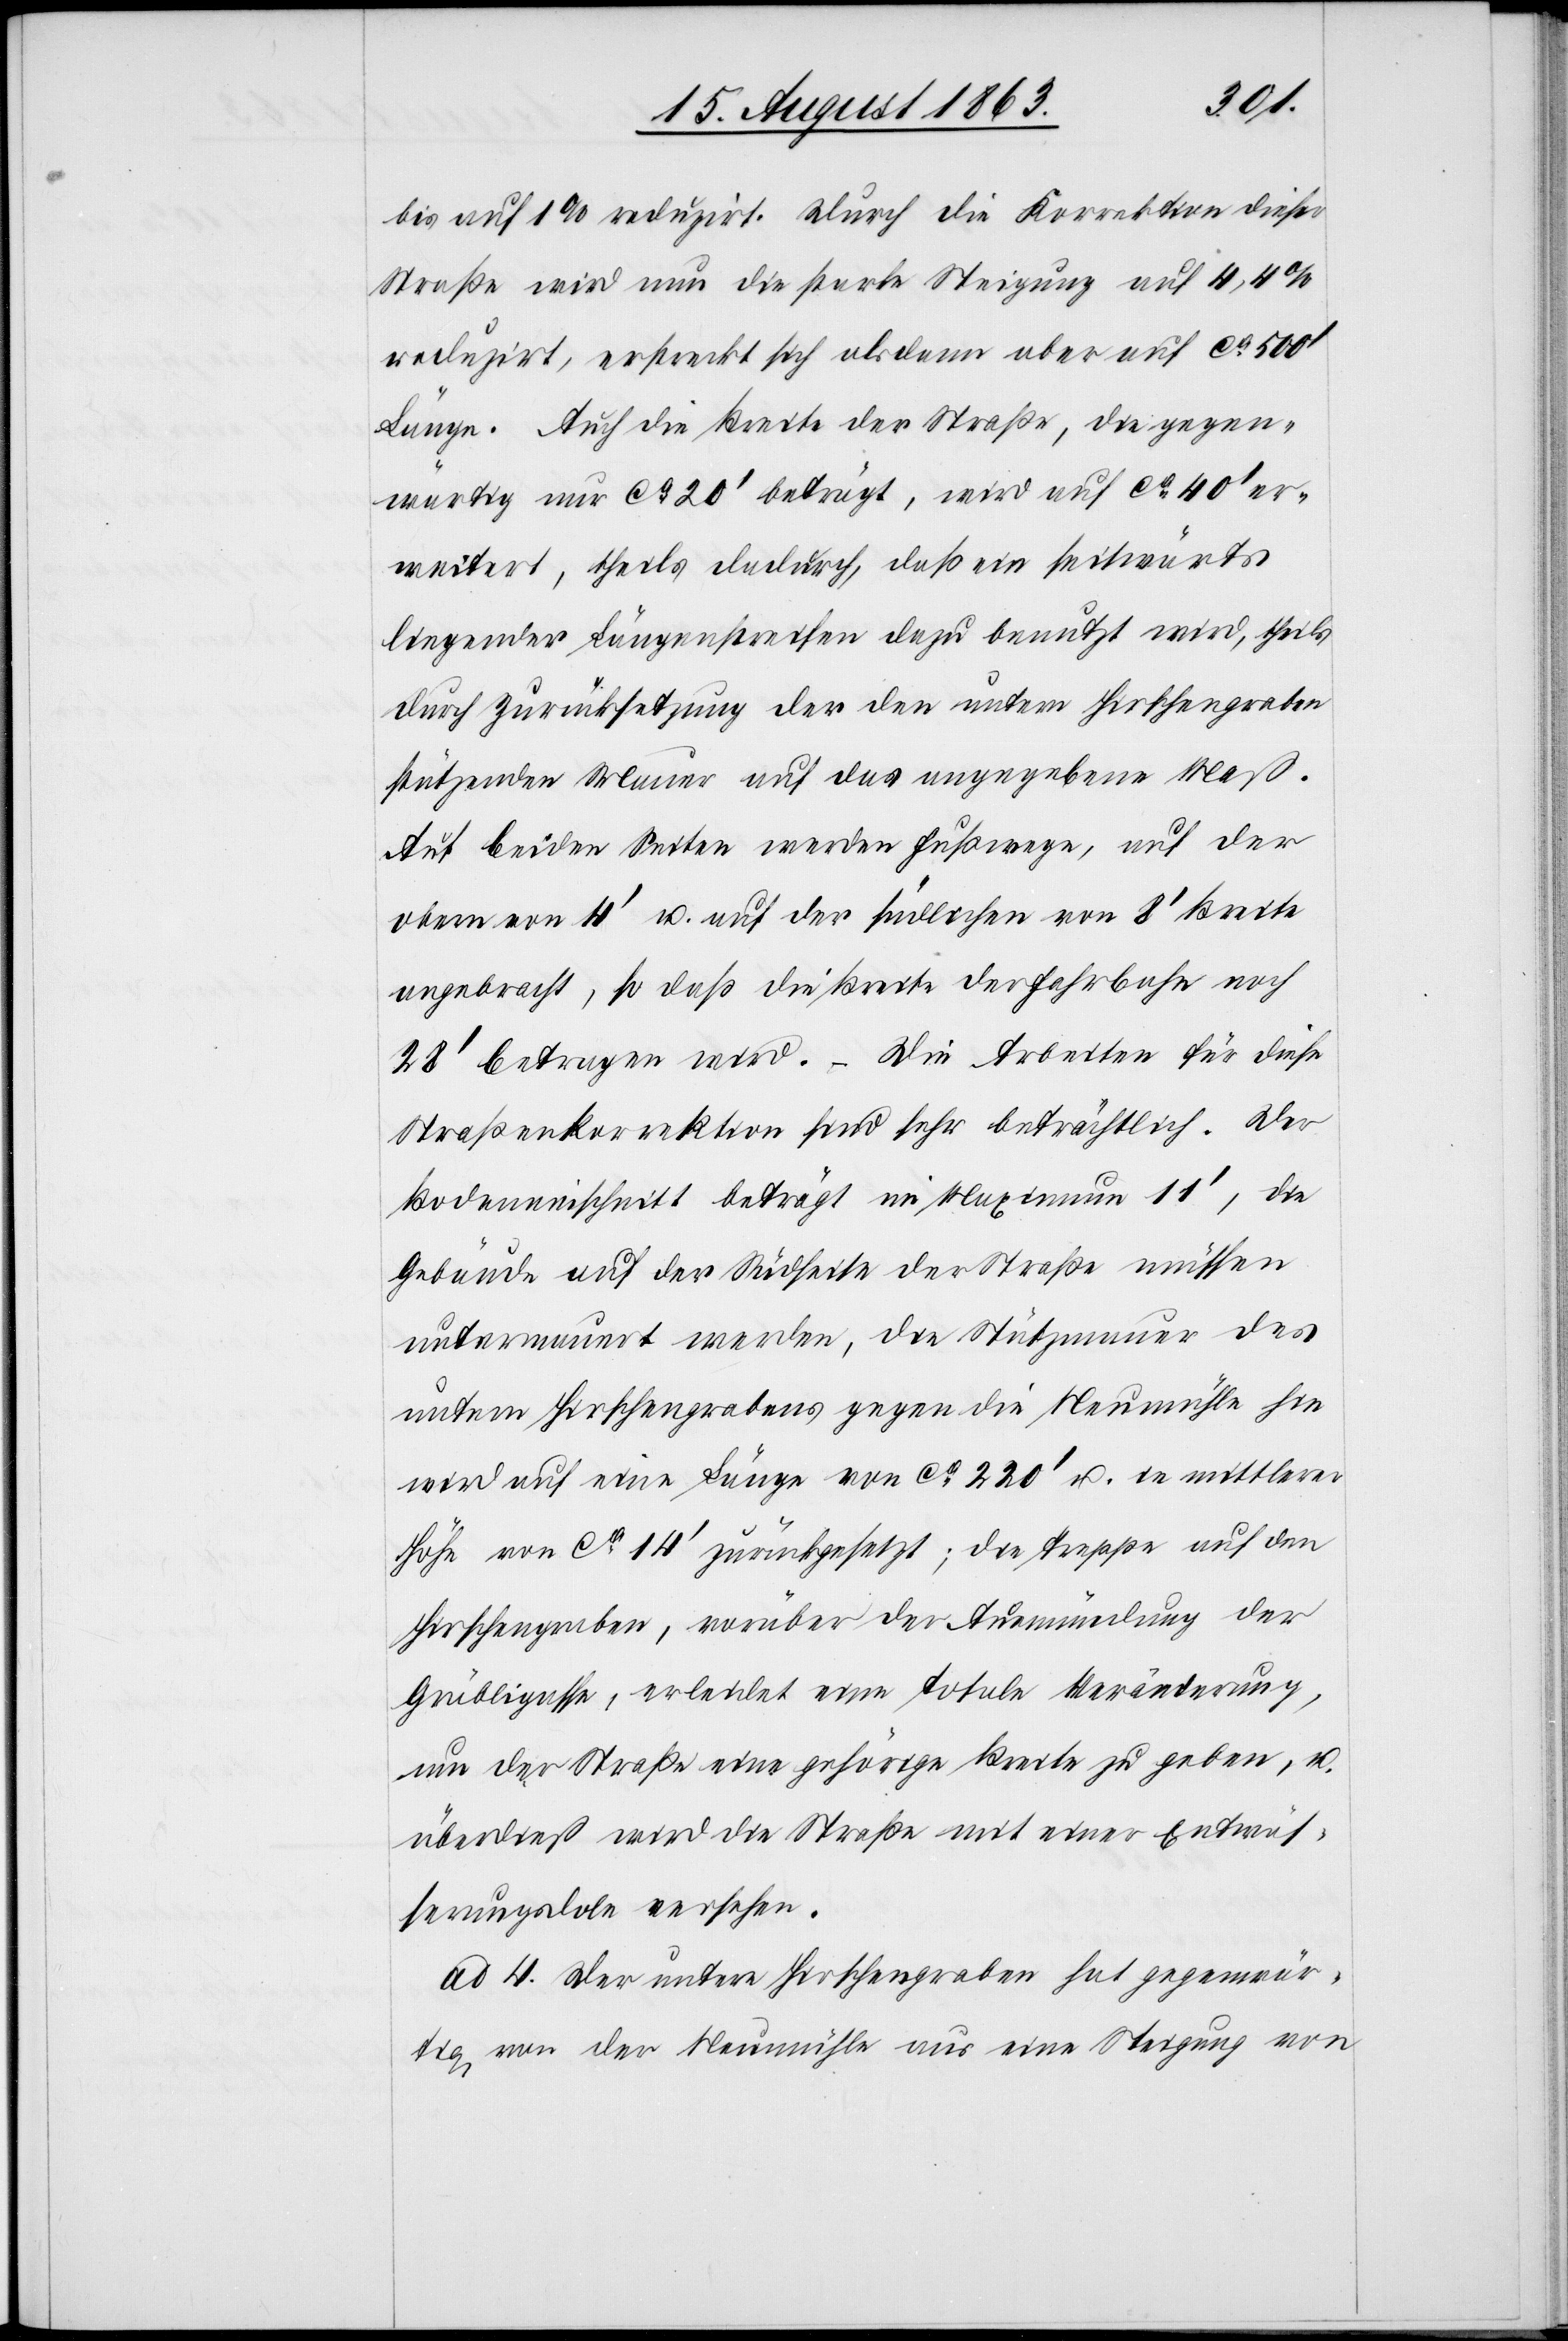
bis auf 1% reduzirt. Durch die Korrektion dieser
Straße wird nun die starke Steigung auf 4,4%
reduzirt, erstreckt sich alsdann aber auf ca 500'
Länge. Auch die Breite der Straße, die gegen¬
wärtig nur ca 20' beträgt, wird auf ca 40' er¬
weitert, theils dadurch, daß ein seitwärts
liegender Längenstreifen dazu benutzt wird, theils
durch Zurücksetzung der den untern Hirschengraben
stützenden Mauer auf das angegebene Maß.
Auf beiden Seiten werden Fußwege, auf der
obern von 4' u. auf der südlichen von 8' Breite
angebracht, so daß die Breite der Fahrbahn noch
28' betragen wird. – Die Arbeiten für diese
Straßenkorrektion sind sehr beträchtlich. Der
Bodeneinschnitt beträgt im Maximum 11', die
Gebäude auf der Südseite der Straße müssen
untermauert werden, die Stützmauer des
untern Hirschengrabens gegen die Neumühle hin
wird auf eine Länge von ca 220' u. in mittlerer
Höhe von ca 14' zurückgesetzt; die Treppe auf den
Hirschengraben, vorüber der Ausmündung der
Gräbligasse, erleidet eine totale Veränderung,
um der Straße eine gehörige Breite zu geben, u.
überdieß wird die Straße mit einer Entwäs¬
serungsdole versehen.
ad 4. Der untere Hirschengraben hat gegenwär¬
tig von der Neumühle aus eine Steigung von